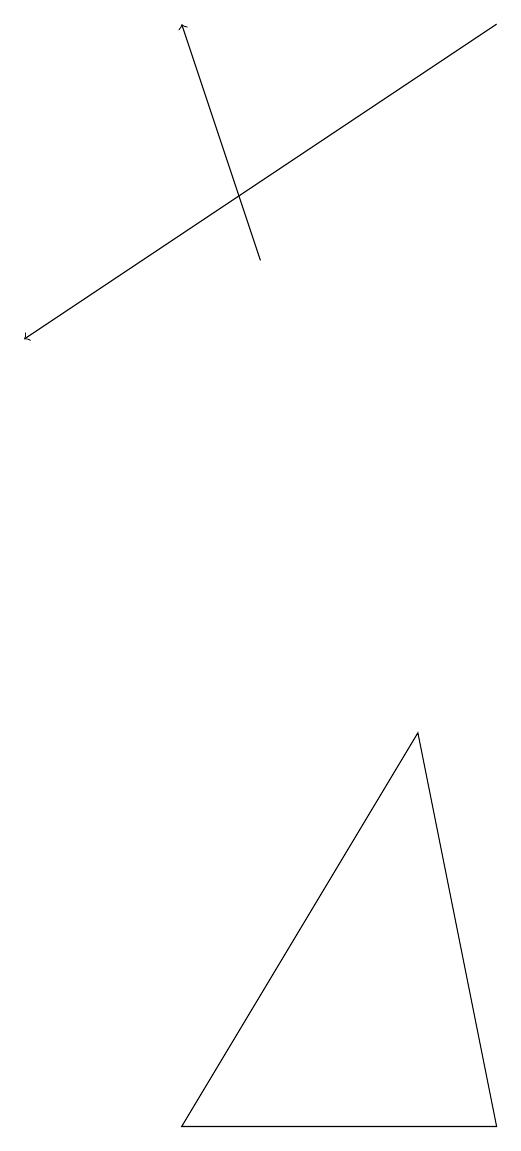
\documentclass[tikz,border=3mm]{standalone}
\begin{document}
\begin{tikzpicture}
\draw (6,3) -- (5,8) -- (2,3) -- cycle;
\draw[->] (3,14) -- (2,17);
\draw[->] (6,17) -- (0,13);
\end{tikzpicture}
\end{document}